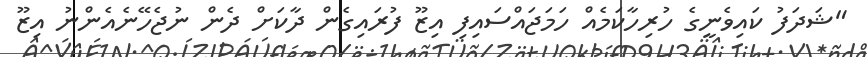
"ޝަދަފު ކައިވެނީގެ ހުރިހާކަމެއް ހަމަޖައްސައިފި އިޒޫ ފުރައިގެން ދާކަށް ދެން ނުޖެހޭނެއެންނު އިޒޫ